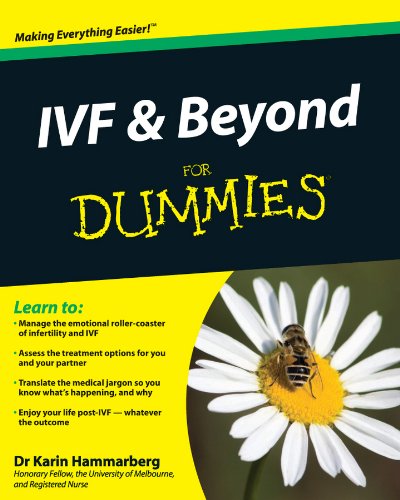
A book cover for IVF and Beyond For Dummies; Karin Hammarberg; Parenting & Relationships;